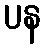
ပန